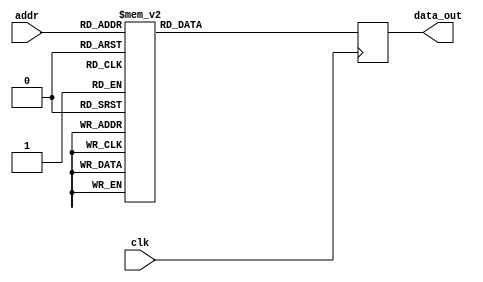
module twiddle_ROM_real_9(
    input wire clk,
    input wire [4:0] addr,
    output reg [15:0] data_out
);

always @(posedge clk) begin
    case(addr)

    
5'b00000: data_out <= 16'h0100 ;
5'b00001: data_out <= 16'h0100 ;
5'b00010: data_out <= 16'h0100 ;
5'b00011: data_out <= 16'h0100 ;
5'b00100: data_out <= 16'h0100 ;
5'b00101: data_out <= 16'h0000 ;
5'b00110: data_out <= 16'h0100 ;
5'b00111: data_out <= 16'h0000 ;
5'b01000: data_out <= 16'h0100 ;
5'b01001: data_out <= 16'h00B5 ;
5'b01010: data_out <= 16'h0000 ;
5'b01011: data_out <= 16'hFF4A ;
5'b01100: data_out <= 16'h0000 ;
5'b01101: data_out <= 16'hFF9E ;
5'b01110: data_out <= 16'hFF4A ;
5'b01111: data_out <= 16'hFF13 ;
5'b10000: data_out <= 16'h00B5 ;
5'b10001: data_out <= 16'h008E ;
5'b10010: data_out <= 16'h0061 ;
5'b10011: data_out <= 16'h0031 ;
5'b10100: data_out <= 16'h00EC ;
5'b10101: data_out <= 16'h00E1 ;
5'b10110: data_out <= 16'h00D4 ;
5'b10111: data_out <= 16'h00C5 ;
5'b11000: data_out <= 16'hFFCE ;
5'b11001: data_out <= 16'hFFC1 ;
5'b11010: data_out <= 16'hFFB5 ;
5'b11011: data_out <= 16'hFFA9 ;


        default: data_out <= 16'h00000;
    endcase
end

endmodule